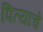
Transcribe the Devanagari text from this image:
पित्‍याचे